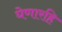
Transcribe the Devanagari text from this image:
घेणारहि